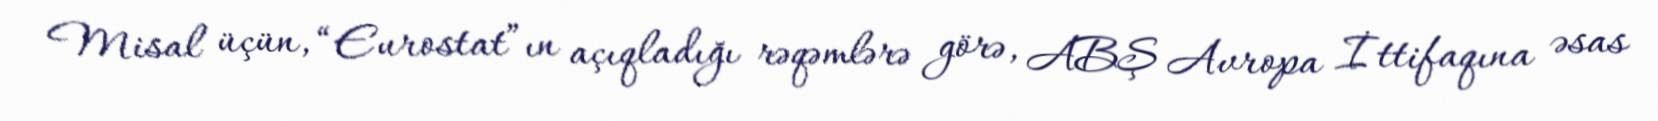
Misal üçün, “Eurostat”ın açıqladığı rəqəmlərə görə, ABŞ Avropa İttifaqına əsas